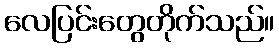
လေပြင်းတွေတိုက်သည်။